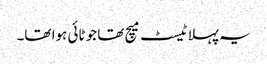
یہ پہلا ٹیسٹ میچ تھا جو ٹائی ہوا تھا۔